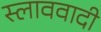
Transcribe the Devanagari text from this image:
स्लाववादी